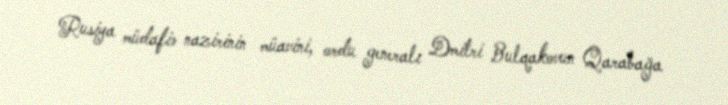
Rusiya müdafiə nazirinin müavini, ordu generalı Dmitri Bulqakovun Qarabağa